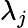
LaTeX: \lambda_{j}